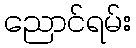
ညောင်ရမ်း